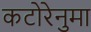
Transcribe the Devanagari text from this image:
कटोरेनुमा